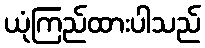
ယုံကြည်ထားပါသည်